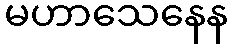
မဟာသေနေန